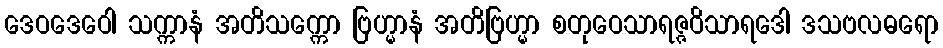
ဒေဝဒေဝေါ သက္ကာနံ အတိသက္ကော ဗြဟ္မာနံ အတိဗြဟ္မာ စတုဝေသာရဇ္ဇဝိသာရဒေါ ဒသဗလဓရော